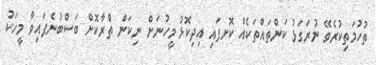
ތުހުމަތިކުރެވޭ ނުރަގަޅު ކަންތައްތަކެއް ކޮށފައި އިދިކޮޅު މީހުނަށް ނިކަން ތެުރާކޮށް ބަސްބުނެފައިވާ މީހަކު